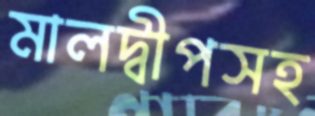
মালদ্বীপসহ